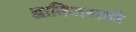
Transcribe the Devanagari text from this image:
आक्सिजनों